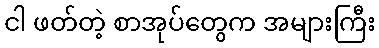
ငါ ဖတ်တဲ့ စာအုပ်တွေက အများကြီး